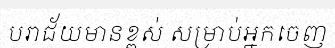
បរាជ័យមានខ្ពស់ សម្រាប់អ្នកចេញ